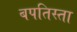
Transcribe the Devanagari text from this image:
बपतिस्ता